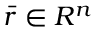
{ \bar { r } } \in R ^ { n }